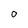
Character: o